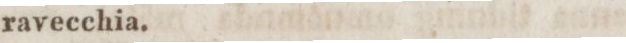
ravecchia.